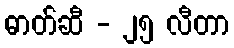
ဓာတ်ဆီ - ၂၅ လီတာ